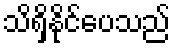
သိရှိနိုင်ပေသည်